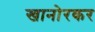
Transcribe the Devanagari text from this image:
खानोरकर